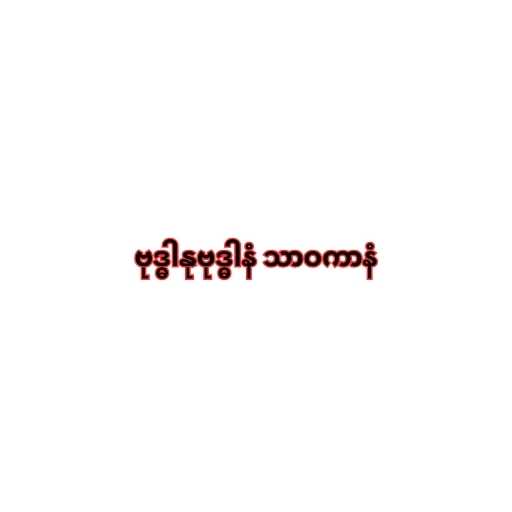
ဗုဒ္ဓါနုဗုဒ္ဓါနံ သာဝကာနံ